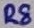
Text: R8